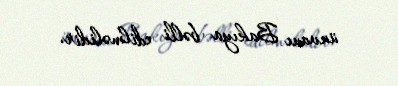
ünvanı Bakıya bəlli edilməlidir.